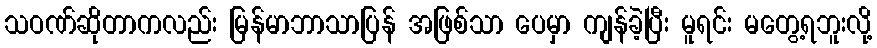
သဝဏ်ဆိုတာကလည်း မြန်မာဘာသာပြန် အဖြစ်သာ ပေမှာ ကျန်ခဲ့ပြီး မူရင်း မတွေ့ရဘူးလို့